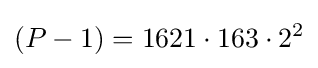
(P-1)=1621\cdot 163\cdot 2^{2}